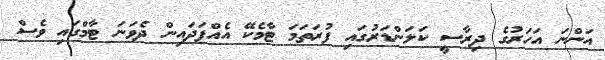
އަންނަ އަހަރުގެ ދިރާސީ ކަލަންޑަރުގައި ފުރަތަމަ ޓާމެކޭ އެއްފަދައިން ދެވަނަ ޓާމްގައި ވެސް